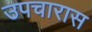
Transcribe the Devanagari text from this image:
उपचारास